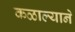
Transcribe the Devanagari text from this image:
कळाल्याने